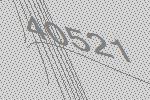
40521